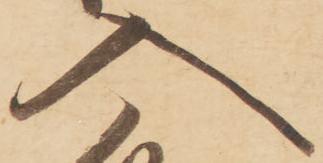
入